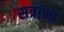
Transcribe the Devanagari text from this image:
सत्रांना